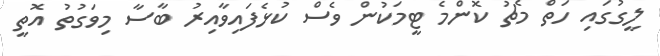
ލީގުގައި ހަތް މެޗު ކޮންމެ ޓީމަކުން ވެސް ކުޅެފައިވާއިރު ބާސާ މިވަގުތު އޮތީ